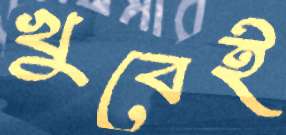
খুবেই